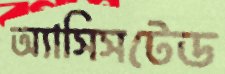
অ্যাসিসটেড